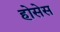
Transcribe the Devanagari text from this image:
होसेस